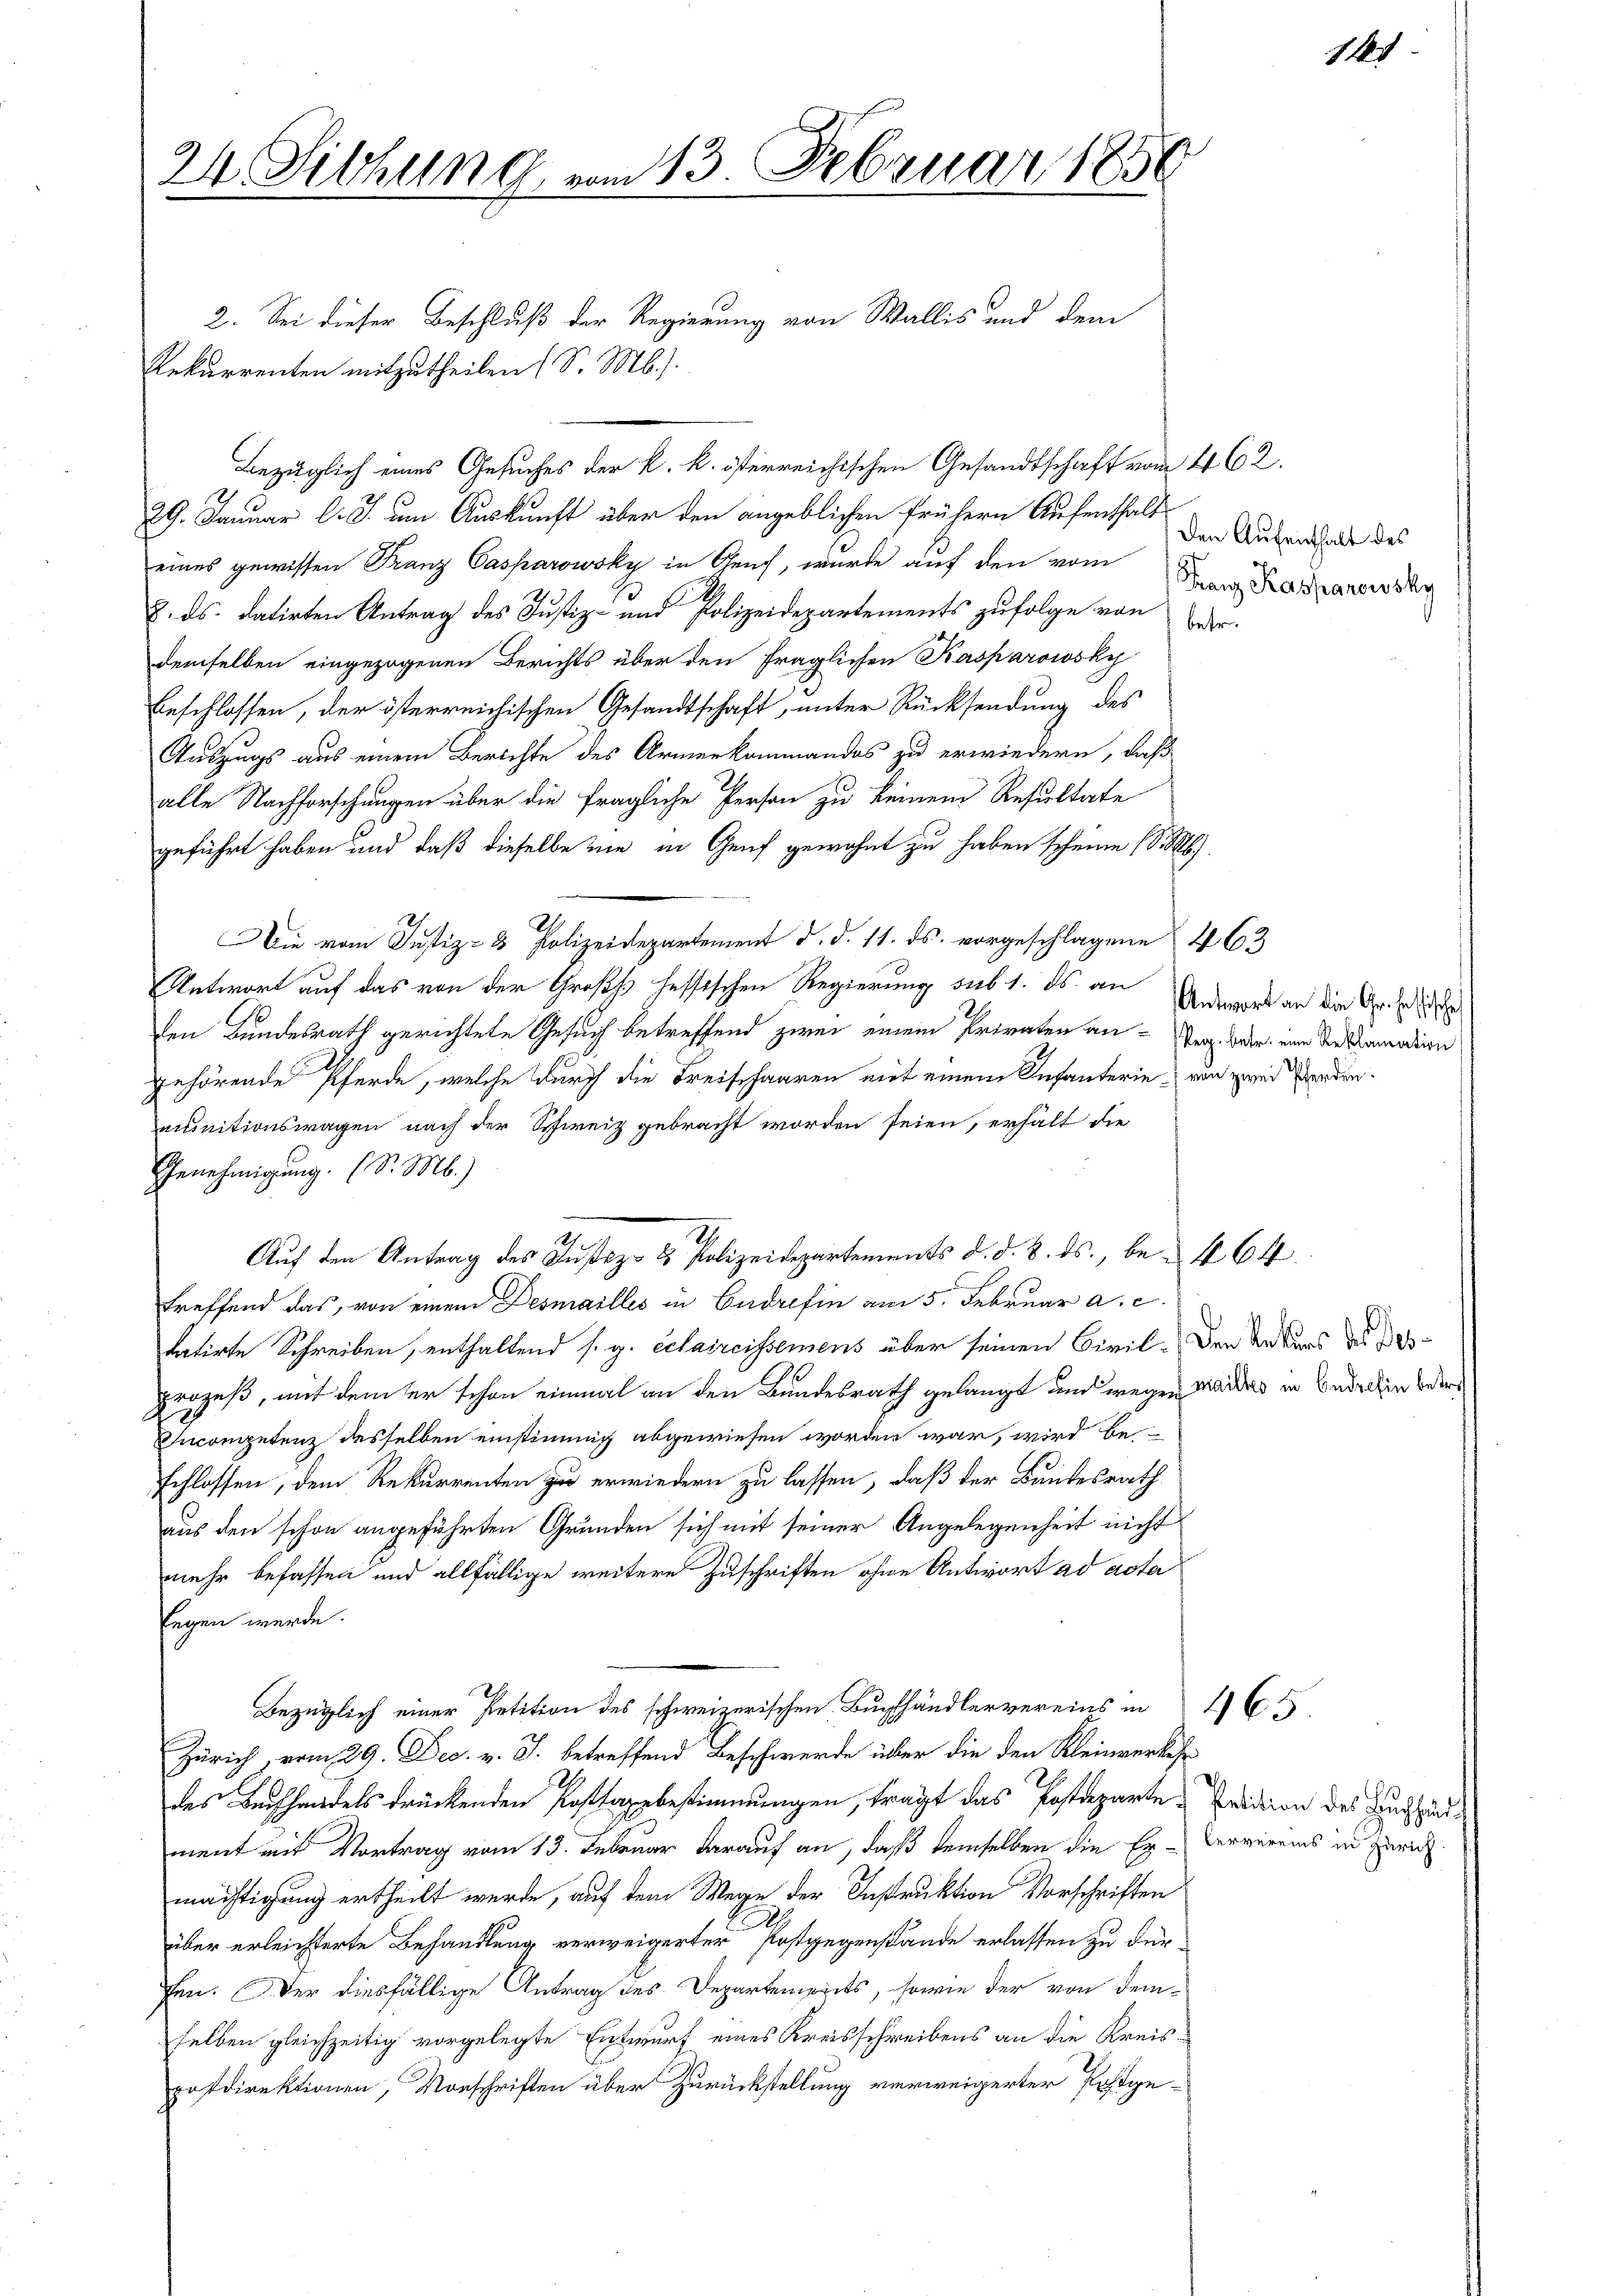
24. Siehung vom 13. Februar 1856

2. Sei dieser Beschluß der Regierung von Wallis und dem
Rekurrenten mitzutheilen (S. M.).
Bezüglich eines Gesuches der k. k. österreichischen Gesandtschaft vom 462.
29. Januar l. J. um Auskunft über den angeblichen frühern Aufenthalt
eines gewissen Franz Casparowsky in Genf, wurde auf den vom
8. ds. datirten Antrag des Justiz- und Polizeidepartements zufolge von der
demselben eingezogenen Berichts über den fraglichen Kasparowsky
Beschlossen, der österreichischen Gesandtschaft, unter Rücksendung des
Auszugs aus einem Berichte des Armenkommandos zu erwiedern, daß
alle Nachforschungen über die fragliche Person zu keinem Resultate
geführt haben und daß dieselbe nie in Genf gewohnt zu haben scheine (S. M.
Die vom Justiz- & Polizeidepartement d. d. 11. ds. vorgeschlagene 463
Antwort auf das von der Großs hessischen Regierung sub 1. ds an Antwort an die Gr.
den Bundesrath gerichtete Gesuch betreffend zwei einem Privaten an-Terz. War eine Reklamadin
gehörende Pferde, welche durch die Freischaaren mit einem Infanterie von zwei Baaden.
munitionswagen nach der Schweiz gebracht worden seien, erhält die
Genehmigung. (S. M.)
Auf den Antrag des Justiz- & Polizeidepartements d. d. 8. ds., be- 464
treffend das, von einem Desmailles in Gudrefin am 5. Februar a. c.
tatirte Schreiben, enthaltend s. g. Scharreissemens über seinen Civil-Den Rekurs der daprozeß, mit dem er schon einmal an den Bundesrath gelangt und wegen Waides in Bedecken bede
Incompetenz desselben einstimmig abgewiesen worden war, wird beschlossen, dem Rekurrenten zu erwiedern zu lassen, daß der Bundesrath
aus den schon angeführten Gründen sich mit seiner Angelegenheit nicht
mehr befassen und allfällige weitere Zuschriften ohne Antwort ad acta
legen werde.
Bezüglich einer Petition des schweizerischen Buchhändler vereins in 165
Zürich, vom 29. Dec. v. J. betreffend Beschwerde über die den Kleinverkehr
des Buchhandels drückenden Posttagsbestimmungen, trägt das Postazarte Fridion des Zuständment mit Vortrag vom 13. Februar darauf an, daß demselben die Er- Ververeins in Zürich.
mächtigung ertheilt werde, auf dem Wege der Instruktion Vorschriften
über erleichterte Behandlung verweigerter Postgegenstände erlassen zu dürfen. Wer diesfällige Antrag des Departements, sowie der von demselben gleichzeitig vorgelegte Entwurf eines Kreisschreibens an die Kreispostdirektionen, Vorschriften über Zurückstellung verweigerter Postge¬

Den Aufenthalt des
Franz Kaspanowsky

111